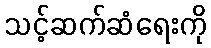
သင့်ဆက်ဆံရေးကို